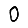
Digit: 0